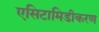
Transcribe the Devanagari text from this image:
एसिटामिडीकरण